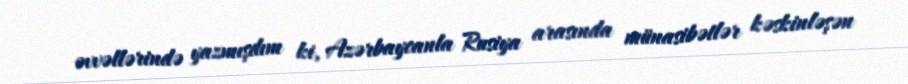
əvvəllərində yazmışdım ki, Azərbaycanla Rusiya arasında münasibətlər kəskinləşən